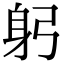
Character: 躬